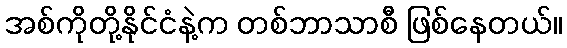
အစ်ကိုတို့နိုင်ငံနဲ့က တစ်ဘာသာစီ ဖြစ်နေတယ်။